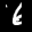
Label: 6